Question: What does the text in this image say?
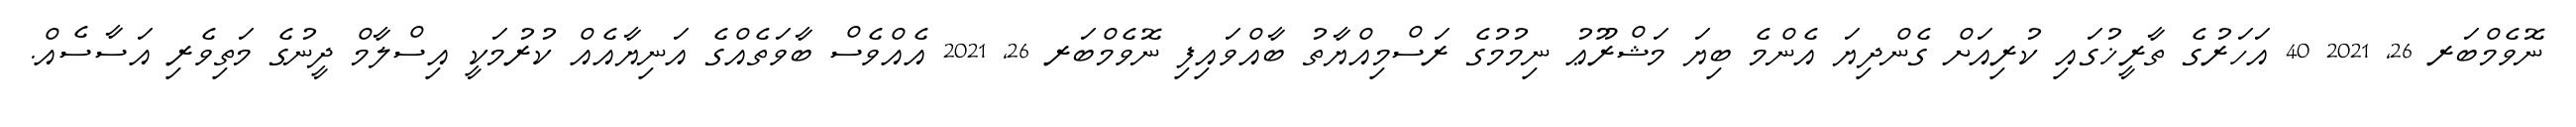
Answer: ނޮވެމްބަރ 26, 2021 40 އަހަރުގެ ތާރީޚުގައި ކުރިއަށް ގެންދިޔަ އެންމެ ބިޔަ މަޝްރޫޢު ނިމުމުގެ ރަސްމިއްޔާތު ބާއްވައިފި ނޮވެމްބަރ 26, 2021 އެއްވެސް ބާވަތެއްގެ އަނިޔާއެއް ކުރުމަކީ އިސްލާމް ދީނުގެ މަތިވެރި އަސާސެއް.